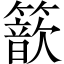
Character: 𥵗